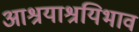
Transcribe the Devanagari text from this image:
आश्रयाश्रयिभाव